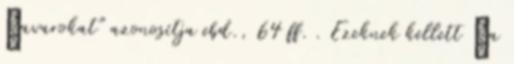
„avarokat" azonosítja ebd., 64 ff. . Ezeknek kellett „a